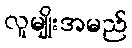
လူမျိုးအမည်